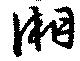
湘